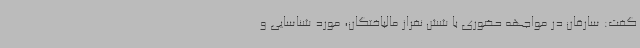
گفت: سارقان در مواجهه حضوری با شش نفراز مالباختگان، مورد شناسایی و